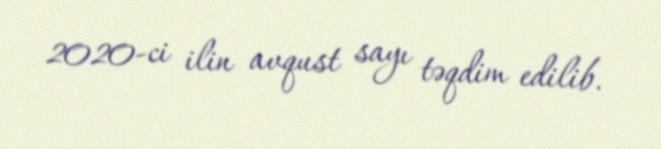
2020-ci ilin avqust sayı təqdim edilib.